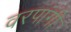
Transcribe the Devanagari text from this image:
वरपांगी